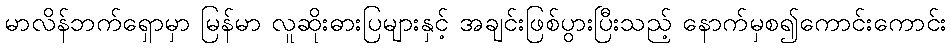
မာလိန်ဘက်ရှောမှာ မြန်မာ လူဆိုးဓားပြများနှင့် အချင်းဖြစ်ပွားပြီးသည့် နောက်မှစ၍ကောင်းကောင်း